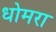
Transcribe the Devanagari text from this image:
धोमरा